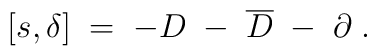
\left[ s,\delta \right] \;=\;-D\;-\;\overline{D}\;-\;\partial \;.